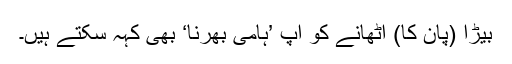
بِیڑا (پان کا) اٹھانے کو آپ ’ہامی بھرنا‘ بھی کہہ سکتے ہیں۔